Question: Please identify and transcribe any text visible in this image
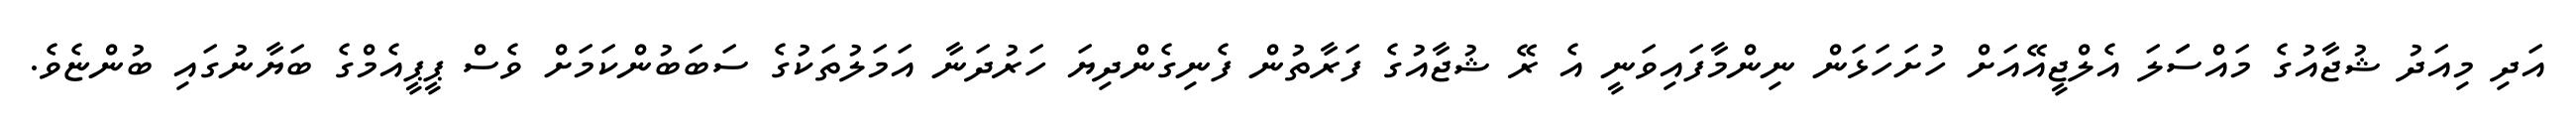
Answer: އަދި މިއަދު ޝުޖާއުގެ މައްސަަލަ އެލްޖީއޭއަށް ހުށަހަޅަން ނިންމާފައިވަނީ އެ ރޭ ޝުޖާއުގެ ފަރާތުން ފެނިގެންދިޔަ ހަރުދަނާ އަމަލުތަކުގެ ސަބަބުންކަމަށް ވެސް ޕީޕީއެމްގެ ބަޔާނުގައި ބުންޏެވެ.